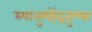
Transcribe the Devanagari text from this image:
स्यात्तुमहेंद्रतुल्या